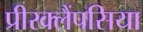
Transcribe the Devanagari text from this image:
प्रीरक्लैंपसिया